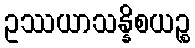
ဥဿယာသန္နိစယဉ္စ